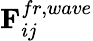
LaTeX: \textbf{F}_{ij}^{fr,wave}